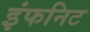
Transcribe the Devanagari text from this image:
इंफनिट